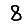
Digit: 8